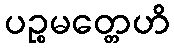
ပဉ္စမတ္တေဟိ